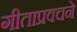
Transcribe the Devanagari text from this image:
गीताप्रवचने